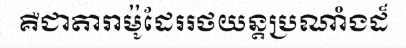
គឺជាតារាម៉ូដែររថយន្តប្រណាំងដ៏